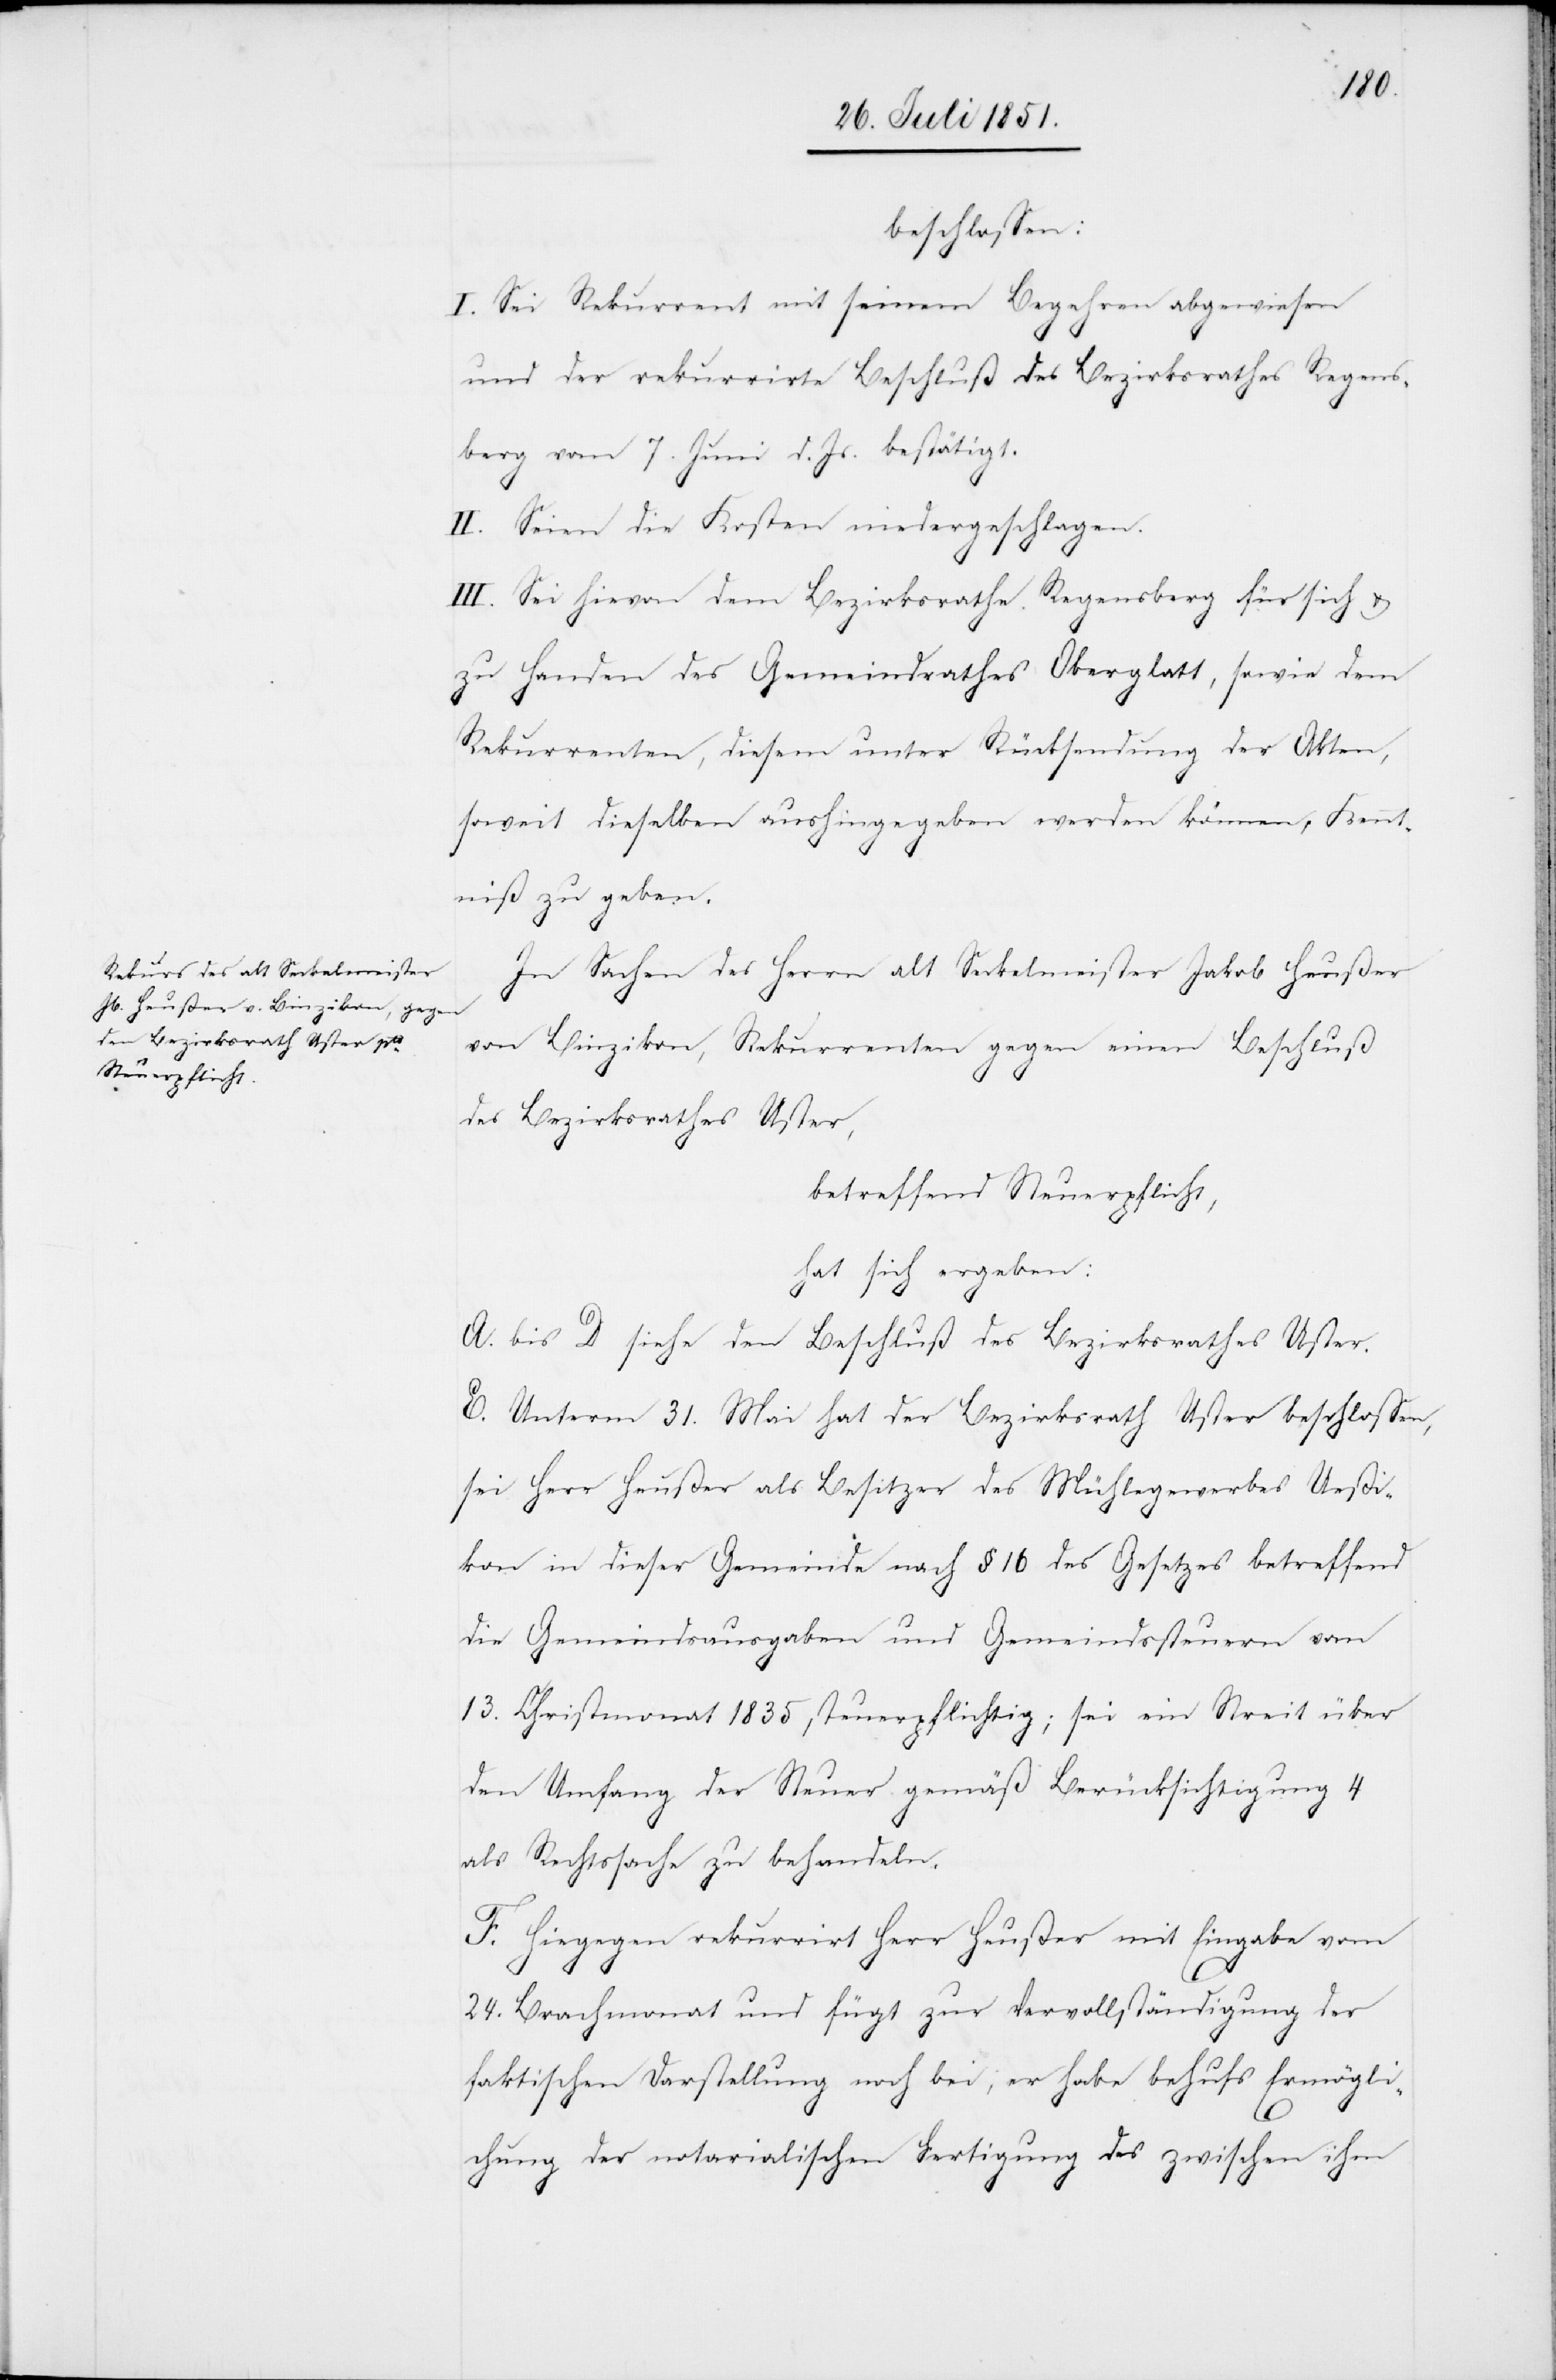
beschlossen:
I. Sei Rekurrent mit seinem Begehren abgewiesen
und der rekurrirte Beschluß des Bezirksrathes Regens¬
berg vom 7. Juni d. Js. bestätigt.
II. Seien die Kosten niedergeschlagen.
III. Sei hievon dem Bezirksrathe Regensberg für sich &
zu Handen des Gemeindrathes Oberglatt, sowie dem
Rekurrenten, diesem unter Rücksendung der Akten,
soweit dieselben aushingegeben werden können, Kennt¬
niß zu geben.
In Sachen des Herrn alt Seckelmeister Jakob Heußer
von Binzikon, Rekurrenten gegen einen Beschluß
des Bezirksrathes Uster,
betreffend Steuerpflicht,
hat sich ergeben:
A. bis D siehe den Beschluß des Bezirksrathes Uster.
E. Unterm 31. Mai hat der Bezirksrath Uster beschlossen,
sei Herr Heußer als Besitzer des Mühlegewerbes Ueßi¬
kon in dieser Gemeinde nach § 16 des Gesetzes betreffend
die Gemeindsausgaben und Gemeindssteuern vom
13. Christmonat 1835 steuerpflichtig; sei ein Streit über
den Umfang der Steuer gemäß Berücksichtigung 4
als Rechtssache zu behandeln.
F. Hiegegen rekurrirt Herr Heußer mit Eingabe vom
24. Brachmonat und fügt zur Vervollständigung der
faktischen Darstellung noch bei, er habe behufs Ermögli¬
chung der notarialischen Fertigung des zwischen ihm